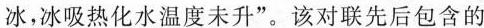
冰，冰吸热化水温度未升”。该对联先后包含的